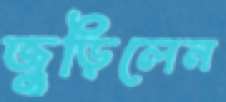
জুড়িলেন